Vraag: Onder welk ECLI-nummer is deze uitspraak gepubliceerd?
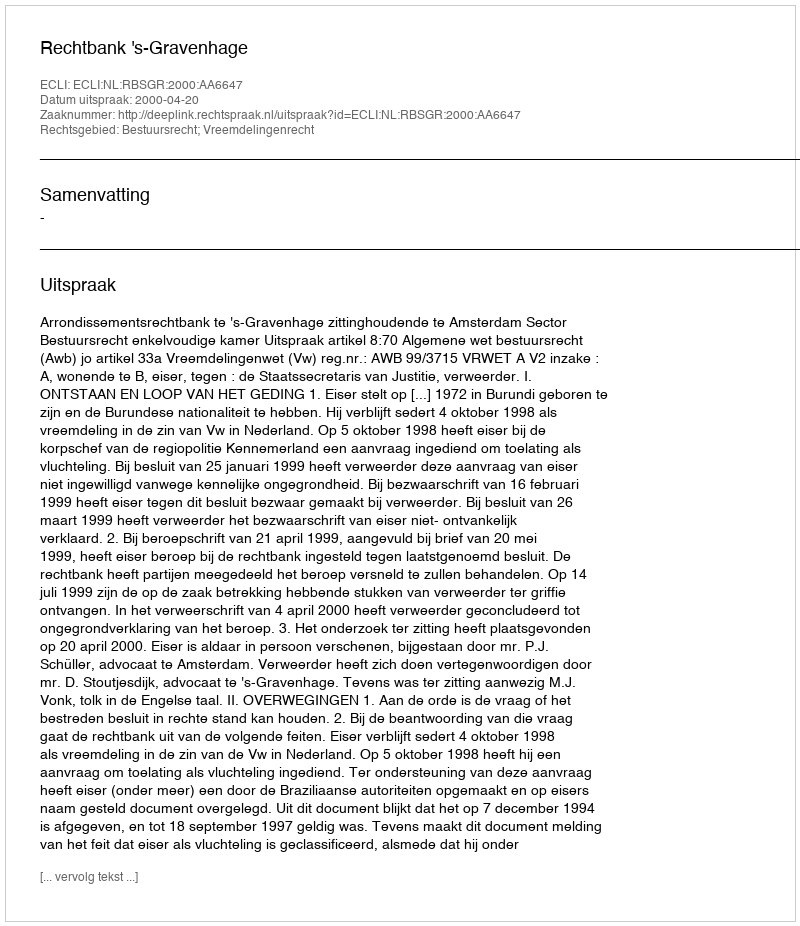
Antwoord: ECLI:NL:RBSGR:2000:AA6647